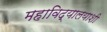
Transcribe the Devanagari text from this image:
महाविद्यालयाशी